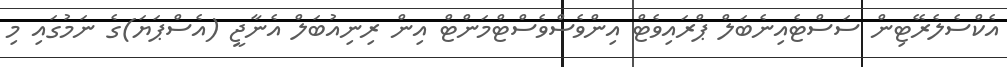
އެކްސެލެރޭޓިން ސަސްޓެއިނެބަލް ޕްރައިވެޓް އިންވެސްވެސްޓްމަންޓް އިން ރިނިއުބަލް އެނާޖީ (އެސްޕަޔަ)ގެ ނަމުގައި މި